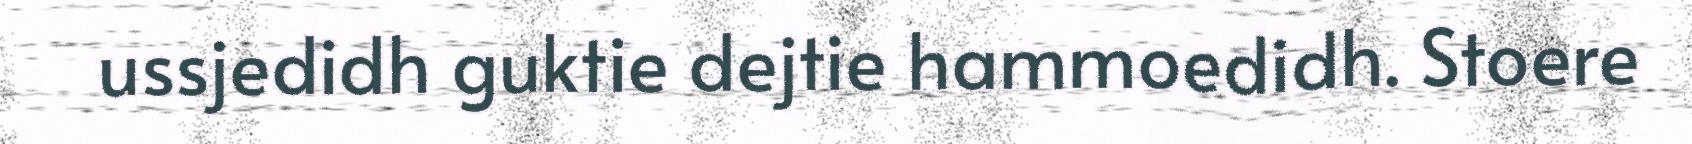
ussjedidh guktie dejtie hammoedidh. Stoere